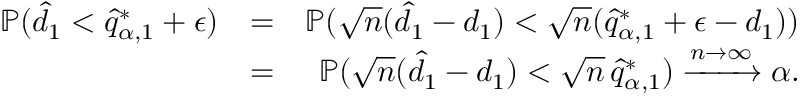
\begin{array} { r l r } { \mathbb { P } ( \hat { d } _ { 1 } < \hat { q } _ { \alpha , 1 } ^ { * } + \epsilon ) } & { = } & { \mathbb { P } ( \sqrt { n } ( \hat { d } _ { 1 } - d _ { 1 } ) < \sqrt { n } ( \hat { q } _ { \alpha , 1 } ^ { * } + \epsilon - d _ { 1 } ) ) } \\ & { = } & { \mathbb { P } ( \sqrt { n } ( \hat { d } _ { 1 } - d _ { 1 } ) < \sqrt { n } \thinspace \hat { q } _ { \alpha , 1 } ^ { * } ) \xrightarrow { n \to \infty } \alpha . } \end{array}